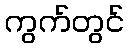
ကွက်တွင်